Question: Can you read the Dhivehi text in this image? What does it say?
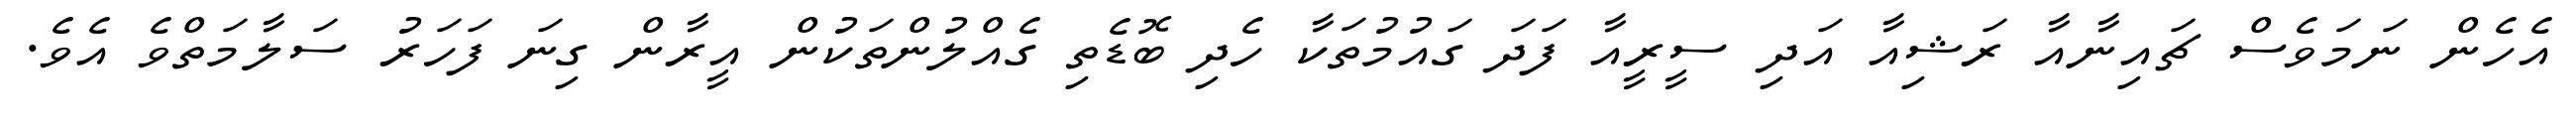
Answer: އެހެން ނަމަވެސް ޗައިނާއާ ރަޝިއާ އަދި ސީރީއާ ފަދަ ގައުމުތަކާ ހެދި ބޮޑެތި ގެއްލުންތަކުން އީރާން ގިނަ ފަހަރު ސަލާމަތްވެ އެވެ.